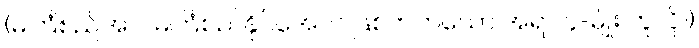
(မကြံစည်အပ်၊ မကြံစည်နိုင်အောင် ဖြစ်တတ်သော အရာ ၄-မျိုး ဟူလို။)